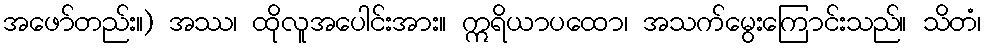
အဖော်တည်း။) အဿ၊ ထိုလူအပေါင်းအား။ ဣရိယာပထော၊ အသက်မွေးကြောင်းသည်။ သိတံ၊